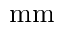
\mathrm { m m }